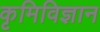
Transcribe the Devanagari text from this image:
कृमिविज्ञान